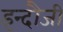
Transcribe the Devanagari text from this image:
इन्दौजी